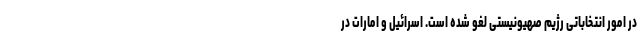
در امور انتخاباتی رژیم صهیونیستی لغو شده است. اسرائیل و امارات در